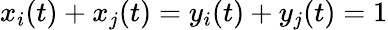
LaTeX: x_{i}(t)+x_{j}(t)=y_{i}(t)+y_{j}(t)=1